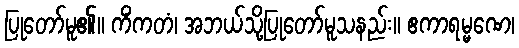
ပြုတော်မူ၏။ ကိံကတံ၊ အဘယ်သို့ပြုတော်မူသနည်း။ ဧကာရမ္မဏေ၊